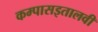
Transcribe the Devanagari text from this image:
कम्पासइतालवी